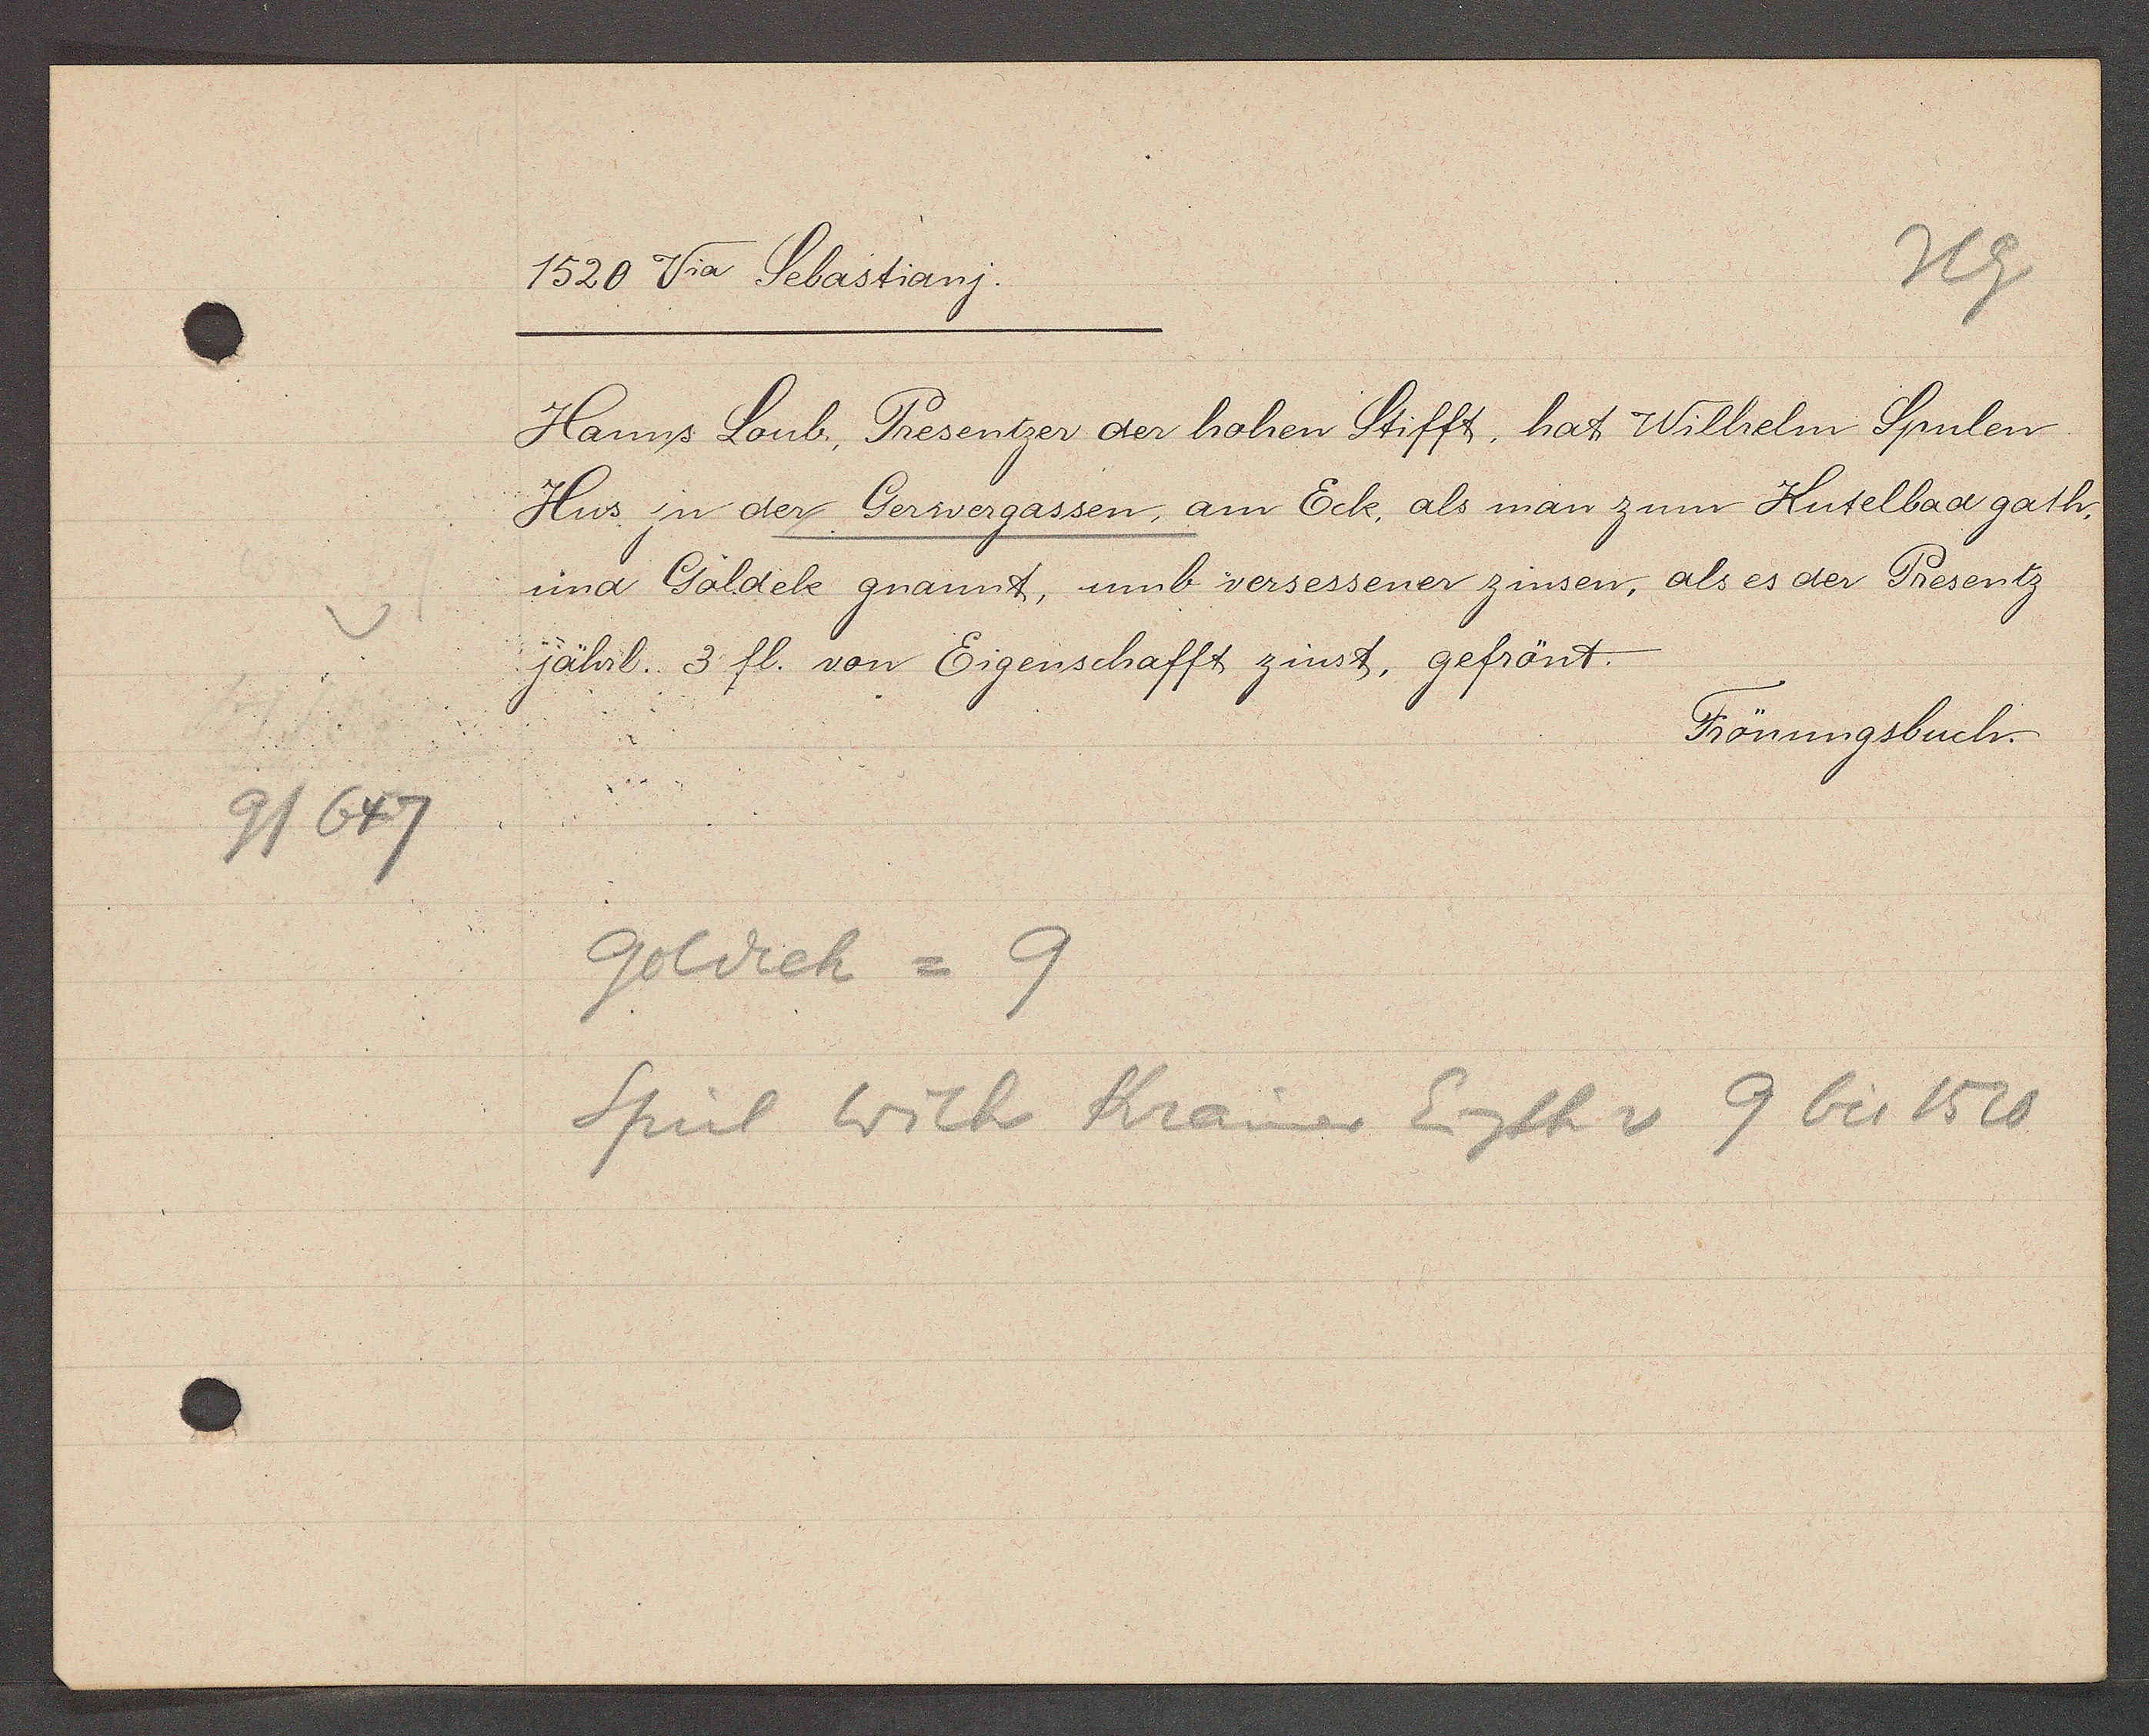
Transcript:
9/647

1520 Via Sebastianj.

Hanns Loub, Presentzer der hohen Stifft, hat Wilhelm Spulen
Hus in der Gerwergassen, am Eck, als man zum Kutelbad gath,
und Goldeke gnannt, umb versessener zinsen, als es der Presentz
jährl. 3 fl. von Eigenschafft zinst, gefrönt.

Frönungsbuch.

goldech = 9
Spül Wilh Kramer Eigth v 9 bis 1520